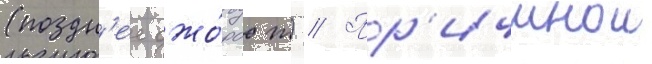
(поздн'ее джо́рдж) // Пр'ичинои